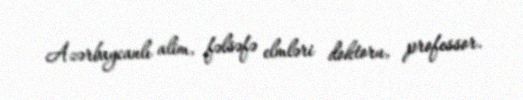
Azərbaycanlı alim, fəlsəfə elmləri doktoru, professor.